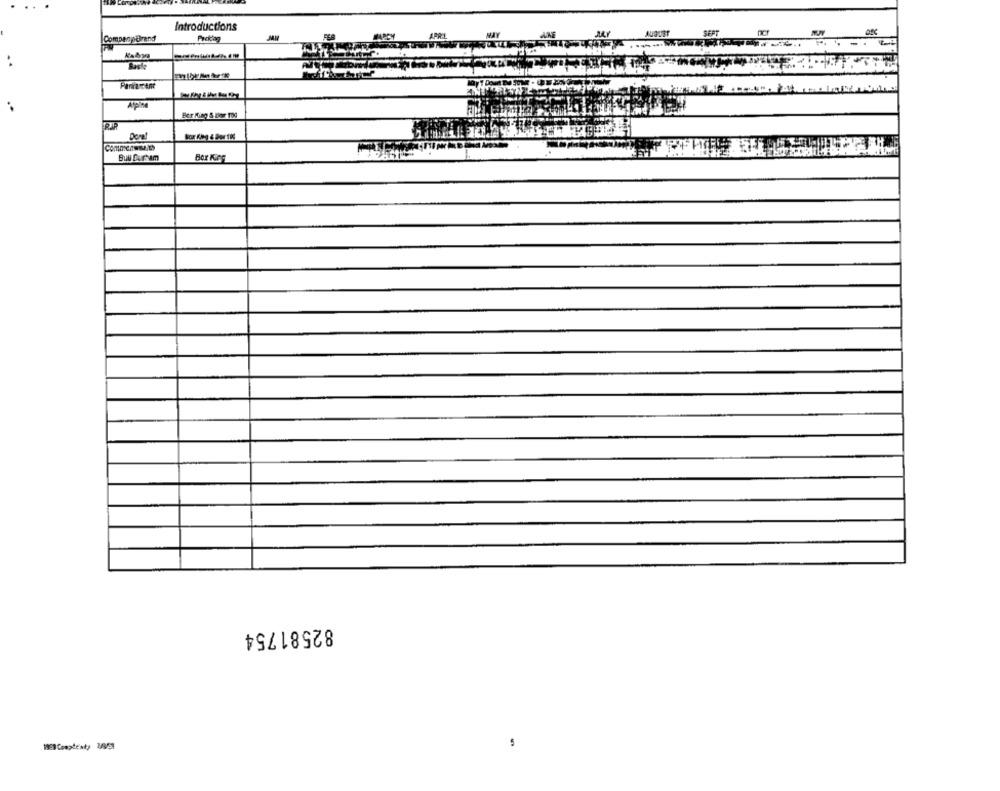
Introductions
CompanysBrand
APRIL
Pararcent
..
Alpine
Ber King & Bor 1og
Doal
Bul Curtam
Bor King
82581754
1998 Cooptesty 34/1